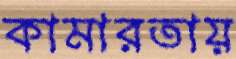
কামারতায়